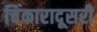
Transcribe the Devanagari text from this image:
चिंकारादूसरी